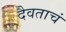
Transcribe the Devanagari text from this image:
दैवताचं